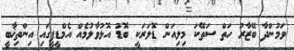
ވަމުންދާ ބޭޒާރު ހަތް ސަތޭކަ މިލިއަން ޑޮލަރަކީ ބޮޑު އޮޅުވާލުމެއް އެމްޑީޕީގައި އިންތިޚާބީ